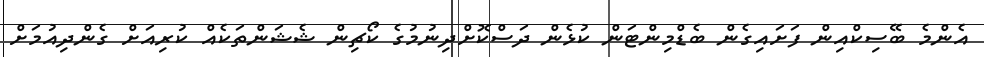
އެންމެ ބޭސިކްއިން ފަށައިގެން ބެޑްމިންޓަން ކުޅެން ދަސްކޮށްދިނުމުގެ ކޯޗިން ޝެޝަންތަކެއް ކުރިއަށް ގެންދިއުމަށް